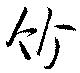
竹